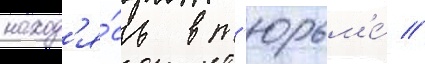
наход'я́сь в т'юрьм'е́ //